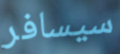
سيسافر